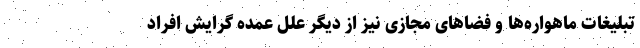
تبلیغات ماهواره‌ها و فضاهای مجازی نیز از دیگر علل عمده گرایش افراد